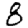
Digit: 8